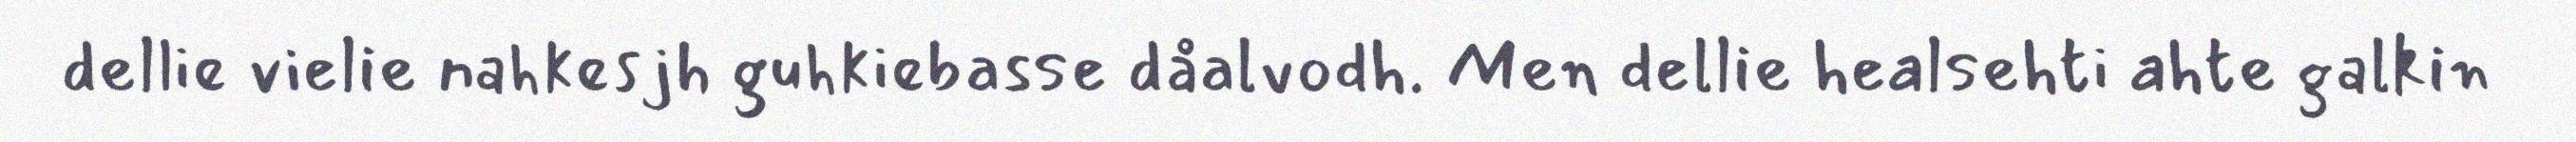
dellie vielie nahkesjh guhkiebasse dåalvodh. Men dellie healsehti ahte galkin